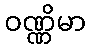
ဝဏ္ဏိမာ